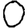
Digit: 0